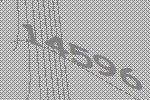
14596